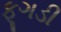
ફૂગડી